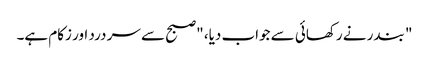
" بندر نے رکھائی سے جواب دیا، "صبح سے سر درد اور زکام ہے۔